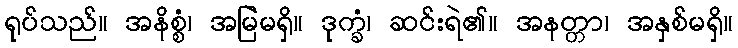
ရုပ်သည်။ အနိစ္စံ၊ အမြဲမရှိ။ ဒုက္ခံ၊ ဆင်းရဲ၏။ အနတ္တာ၊ အနှစ်မရှိ။